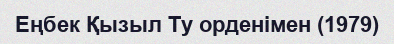
Еңбек Қызыл Ту орденімен (1979)